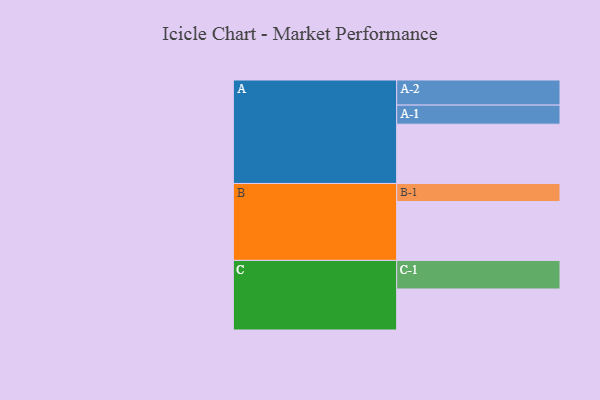
{"axis": {"x": "Segment", "y": "Value"}, "legend": ["", "A", "B", "C"], "data": [{"x": "A", "y": 541, "type": ""}, {"x": "B", "y": 537, "type": ""}, {"x": "C", "y": 374, "type": ""}, {"x": "A-1", "y": 174, "type": "A"}, {"x": "A-2", "y": 229, "type": "A"}, {"x": "B-1", "y": 165, "type": "B"}, {"x": "C-1", "y": 261, "type": "C"}]}